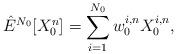
LaTeX: \begin{align*} \hat{E}^{N_{0}}[X_{0}^n] = \sum_{i=1}^{N_0} w_{0}^{i, n} X_{0}^{i, n},\end{align*}